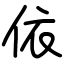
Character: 依